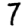
Digit: 7